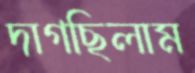
দাগছিলাম